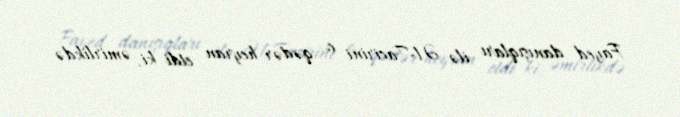
Fayed danışıqları ilə Əl-Tacirini o qədər heyran etdi ki, əmirlikdə